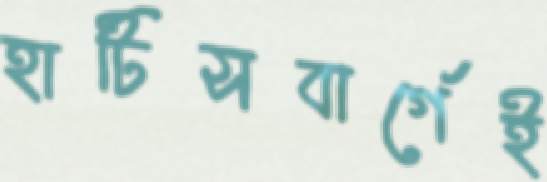
হাটিসবার্গেই